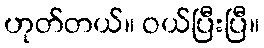
ဟုတ်တယ်။ ဝယ်ပြီးပြီ။